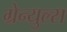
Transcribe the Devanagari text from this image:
ग्रेन्युल्स